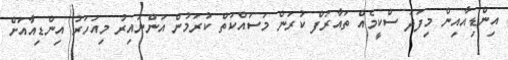
އިންޑިއާއިން މިފަދަ ސްކީމެއް ތައާރަފް ކުރަން މަސައްކަތް ކުރަމުން އަންނައިރު މިއަހަރު އިންޑިއާއަށް